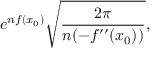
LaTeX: e ^ { n f ( x _ { 0 } ) } { \sqrt { \frac { 2 \pi } { n ( - f ^ { \prime \prime } ( x _ { 0 } ) ) } } } ,